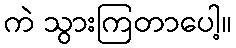
ကဲ သွားကြတာပေါ့။